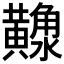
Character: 𪏠